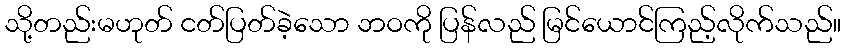
သို့တည်းမဟုတ် ငတ်ပြတ်ခဲ့သော ဘဝကို ပြန်လည် မြင်ယောင်ကြည့်လိုက်သည်။